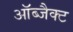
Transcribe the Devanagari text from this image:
ऑब्जैक्ट